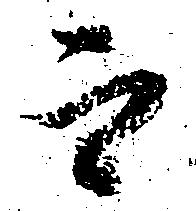
而